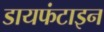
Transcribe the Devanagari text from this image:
डायफंटाइन